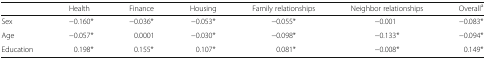
<table><thead><tr><td></td><td><b>Health</b></td><td><b>Finance</b></td><td><b>Housing</b></td><td><b>Family relationships</b></td><td><b>Neighbor relationships</b></td><td><b>Overall<sup>a</sup></b></td></tr></thead><tbody><tr><td>Sex</td><td>−0.160*</td><td>−0.036*</td><td>−0.053*</td><td>−0.055*</td><td>−0.001</td><td>−0.083*</td></tr><tr><td>Age</td><td>−0.057*</td><td>0.0001</td><td>−0.030*</td><td>−0.098*</td><td>−0.133*</td><td>−0.094*</td></tr><tr><td>Education</td><td>0.198*</td><td>0.155*</td><td>0.107*</td><td>0.081*</td><td>−0.008*</td><td>0.149*</td></tr></tbody></table>